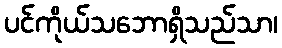
ပင်ကိုယ်သဘောရှိသည်သာ၊